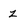
Character: z